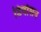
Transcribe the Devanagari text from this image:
डिवोशन